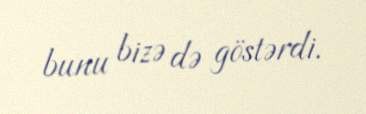
bunu bizə də göstərdi.